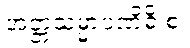
အတ္တသမ္မာပဏိဓိ စ၊